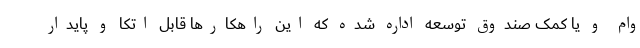
وام و یا کمک صندوق توسعه اداره شده که این راهکارها قابل اتکا و پایدار